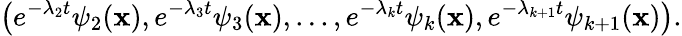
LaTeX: \left(e^{-\lambda_{2}t}\psi_{2}(\mathbf{x}),e^{-\lambda_{3}t}\psi_{3}(\mathbf{x}),...,e^{-\lambda_{k}t}\psi_{k}(\mathbf{x}),e^{-\lambda_{k+1}t}\psi_{k+1}(\mathbf{x})\right).